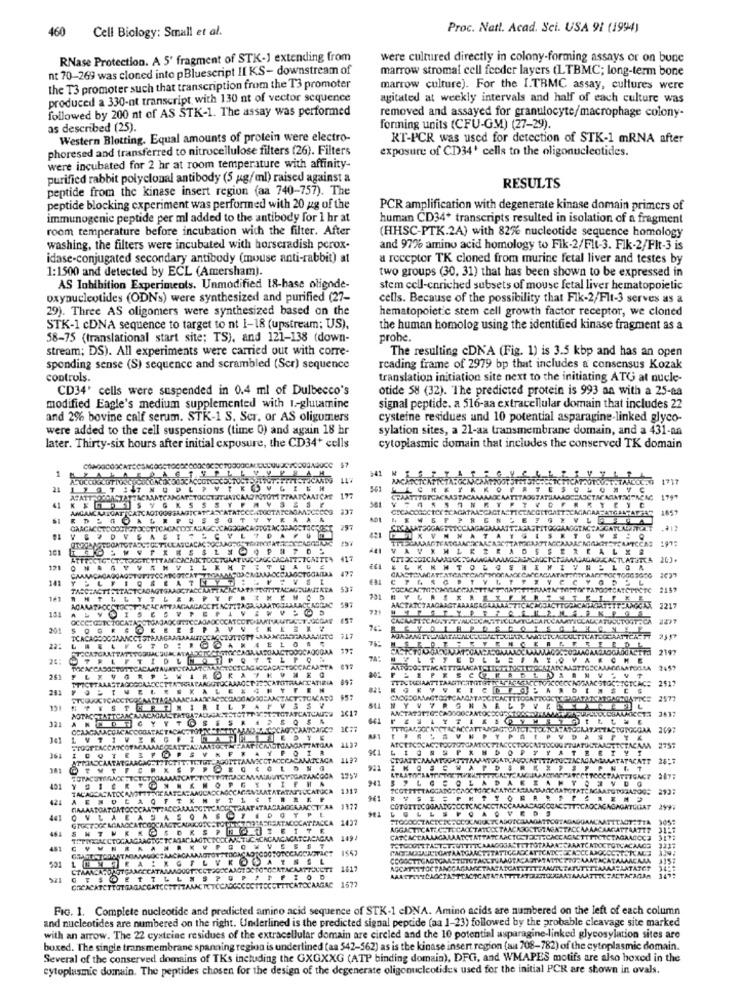
460
Cell Biology: Small et al.
Proc. Natt. Acad. Sci. USA 91 (1994)
RNase Protection. A 5' fragment of STK-1 extending from
were cultured directly in colony-forming assays or on bune
nt 70-269 was cloned into pBluescript HI KS- downstream of
marrow stromal cell feeder layers (LTBMC; long-term bone
the T3 promoter such that transcription from the T3 promoter
marrow culture). For the I.TRMC assay, cultures were
produced a 330-nt transcript with 130 nt of vector sequence
agitated at weekly intervals and half of each culture was
followed by 200 nt of AS STK-1. The assay was performed
removed and assayed for granulocyte/macrophage colony-
as described (25).
forming units (CFU-GM) (27-29).
Western Blotting. Equal amounts of protein were electro-
RT-PCR was used for detection of STK-1 mRNA after
phoresed and transferred to nitrocellulose filters (26). Filters
exposure of CD34' cells to the oligonucleotides.
were incubated for 2 hr at room temperature with affinity-
purified rabbit polyclonal antibody (5 ug/ml) raised against a
peptide from the kinase insert region (aa 740-757). The
RESULTS
peptide blocking experiment was performed with 20 gg of the
PCR amplification with degenerate kinase domain primers of
immunogenie peptide per ml added to the antibody for 1 hr at
human CD34* transcripts resulted in isolation of a fragment
room temperature before incubation with the filter. After
(HHSC-PTK.2A) with 82% nucleotide sequence homology
washing, the filters were incubated with horseradish perox.
and 976 amino acid homology to Fik-2/Flt-3. Flk-2/Flt-3 is
idase-conjugated secondary antibody (mouse anti-rabbit) at
a receptor TK cloned from murine fetal liver and testes by
1:1500 and detected by ECL (Amersham).
two groups (30, 31) that has been shown to be expressed in
AS Inhibition Experiments. Unmodified 18-hase oligode-
stem cell-enriched subsets of mouse fetal liver hematopoietic
oxynucleotides (ODNs) were synthesized and purified (27-
cells. Because of the possibility that Fik-2/Flt-3 serves as a
29). Three AS oligomers were synthesized based on the
hematopoietic stem cell growth factor receptor, we cloned
STK-1 cDNA sequence to target to nt 1-18 (upstream; US),
the human homolog using the identified kinase fragment as a
58-75 (translational start site; TS), and 121-138 (down-
probe.
stream; DS). All experiments were carried out with corre-
The resulting cDNA (Fig. 1) is 3.5 kbp and has an open
spending sense (S) sequence and scrambled (Ser) sequence
reading frame of 2979 bp that includes a consensus Kozak
controls.
translation initiation site next to the initiating ATG at nucle-
CD34' cells were suspended in 0.4 ml of Dulbecco's
otide 58 (32). The predicted protein is 993 aa with a 25-aa
modified Eagle's medium supplemented with I-glutamine
signal peptide. a 516-aa extracellular domain that includes 22
and 2% bovine calf serum. STK-1 S. Ser, or AS oligumers
cysteine residues und 10 potential asparagine-linked glyco-
were added to the cell suspensions (time 0) and again 18 hr
sylation sites, a 21-aa transmembrane domain, and a 431-aa
later. Thirty-six hours after initial exposure, the CD34+ cells
cytoplasmic domain that includes the conserved TK domain
1
$7
$41
M
TAALOCTO 1717
561
CH
AFATT
MAJITUTT PRAATCAATCAE
MYSESF
CCAATTTOTCACAASTACAMA
ATTTAOUTATUAMÃO
41
ANGANC AATCAT CATCAOTOOSS
CRCACCROC ICK TEAGATAAECK
TACT
ATTAR
1859
51
VYKA ..
297
: 1977
101
VAVXMLKER
TOOCTGAATTUOCAGE CACATT.TCATTE
41.7
121
ONANYVEMVILKA
475
€1
141
AATM
ATM'MITTIN TATOOTCATCPECTC
AMTLLYTL
597
791
151
AACTATCTAAGAAGTA
LA.
LVOISES
201
V V
ELOSS
FAAAAAUTO
22:
20:
TRIFT
TECTCA
CAASTA
2459
261
MICATIRIA
TERCUCCIAATTTA
CTCAC= 2517
TTICITAAASTAGCOCALOCCITA PRATARGOTO
STUGACICACCT
SZACTSTUM'ATO
CROCSGRAAGTOO
ATICE 2577
ITATCATCAU:# 1617
SSV
ANCTATOTTO CADY
321
MACAATCARICO 10:7
KATATTACTGROGGAA 2697
LVTIVE
PVDASPYK
PAGANACOSATTOA:
CENT
MASTICTACAMA 2757
361
IDOTEL
ITHASCAATATGAAGM
CTIT
. SPAND OPTYAT
3#1
STOGATANCOOA
TECT TOOCTAATTIGACT
401
TATARICCATOCA 1317
TCOTITETAGGATG CHOCTORCHANCEN
424
AENOLAQ
ACCAAACCTCAA 1977
41
OVLALA
ASREATACOCATTACCA 1437
DOYPL
464
SHTNRKO
XITETTE
TIPORCALCTOGARGAAGEGETCA
481
501
1817
ITSDETILLSSPS
NOCARGAC 1577
GRCACHTCTTOTGARACON
FIG. 1. Complete nucleotide and predicted amino acid sequence of STK-1 cDNA. Amino acids are numbered on the left of each column
and nucleotides are numbered on the right. Underlined is the predicted signal peptide (aa 1-23) followed by the probable cleavage site marked
with an arrow. The 22 cysteine residues of the extracellular domain are circled and the 10 potential asparagine-linked glycosylation sites are
boxed. The single transmembrane spanning region is underlined (aa 542-562) as is the kinase insert region (au 708-782) of the cytoplasmic domain.
Several of the conserved domains of TKs including the GXGXXG (ATP binding domain), DFG, and WMAPES motifs are also boxed in the
cytoplasmic domain. The peptides chosen for the design of the degenerate oligonucleotides used for the initial PCR are shown in ovals.